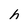
Character: h